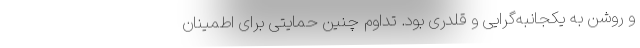
و روشن به یکجانبه‌گرایی و قلدری بود. تداوم چنین حمایتی برای اطمینان